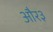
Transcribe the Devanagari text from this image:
और३